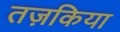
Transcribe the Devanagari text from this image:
तज़किया